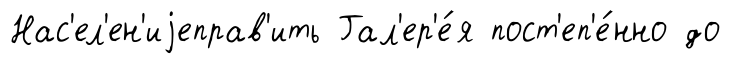
Нас'ел'ен'иjеправ'ить Гал'ер'е́я пост'еп'е́нно до